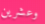
وعشرين